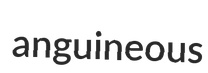
anguineous